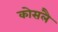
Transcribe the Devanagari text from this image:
कोसलै